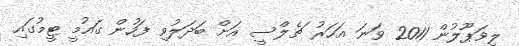
ލިވަޕޫލުން 2011 ވަނަ އަހަރު ޗެލްސީ އަށް ބަދަލުވި ފަހުން ގައުމީ ޓީމުގައި